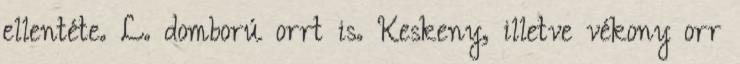
ellentéte. L. domború orrt is. Keskeny, illetve vékony orr